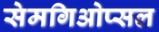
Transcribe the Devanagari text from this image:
सेमगिओप्सल